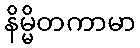
နိမ္မိတကာမာ